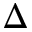
\Delta